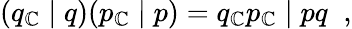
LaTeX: (q_{\cal\mathbb{C}}\; \vert\; q)(p_{\cal\mathbb{C}}\; \vert\; p)=q_{\cal\mathbb{C}}p_{\cal\mathbb{C}}\; \vert\; pq\; \; ,